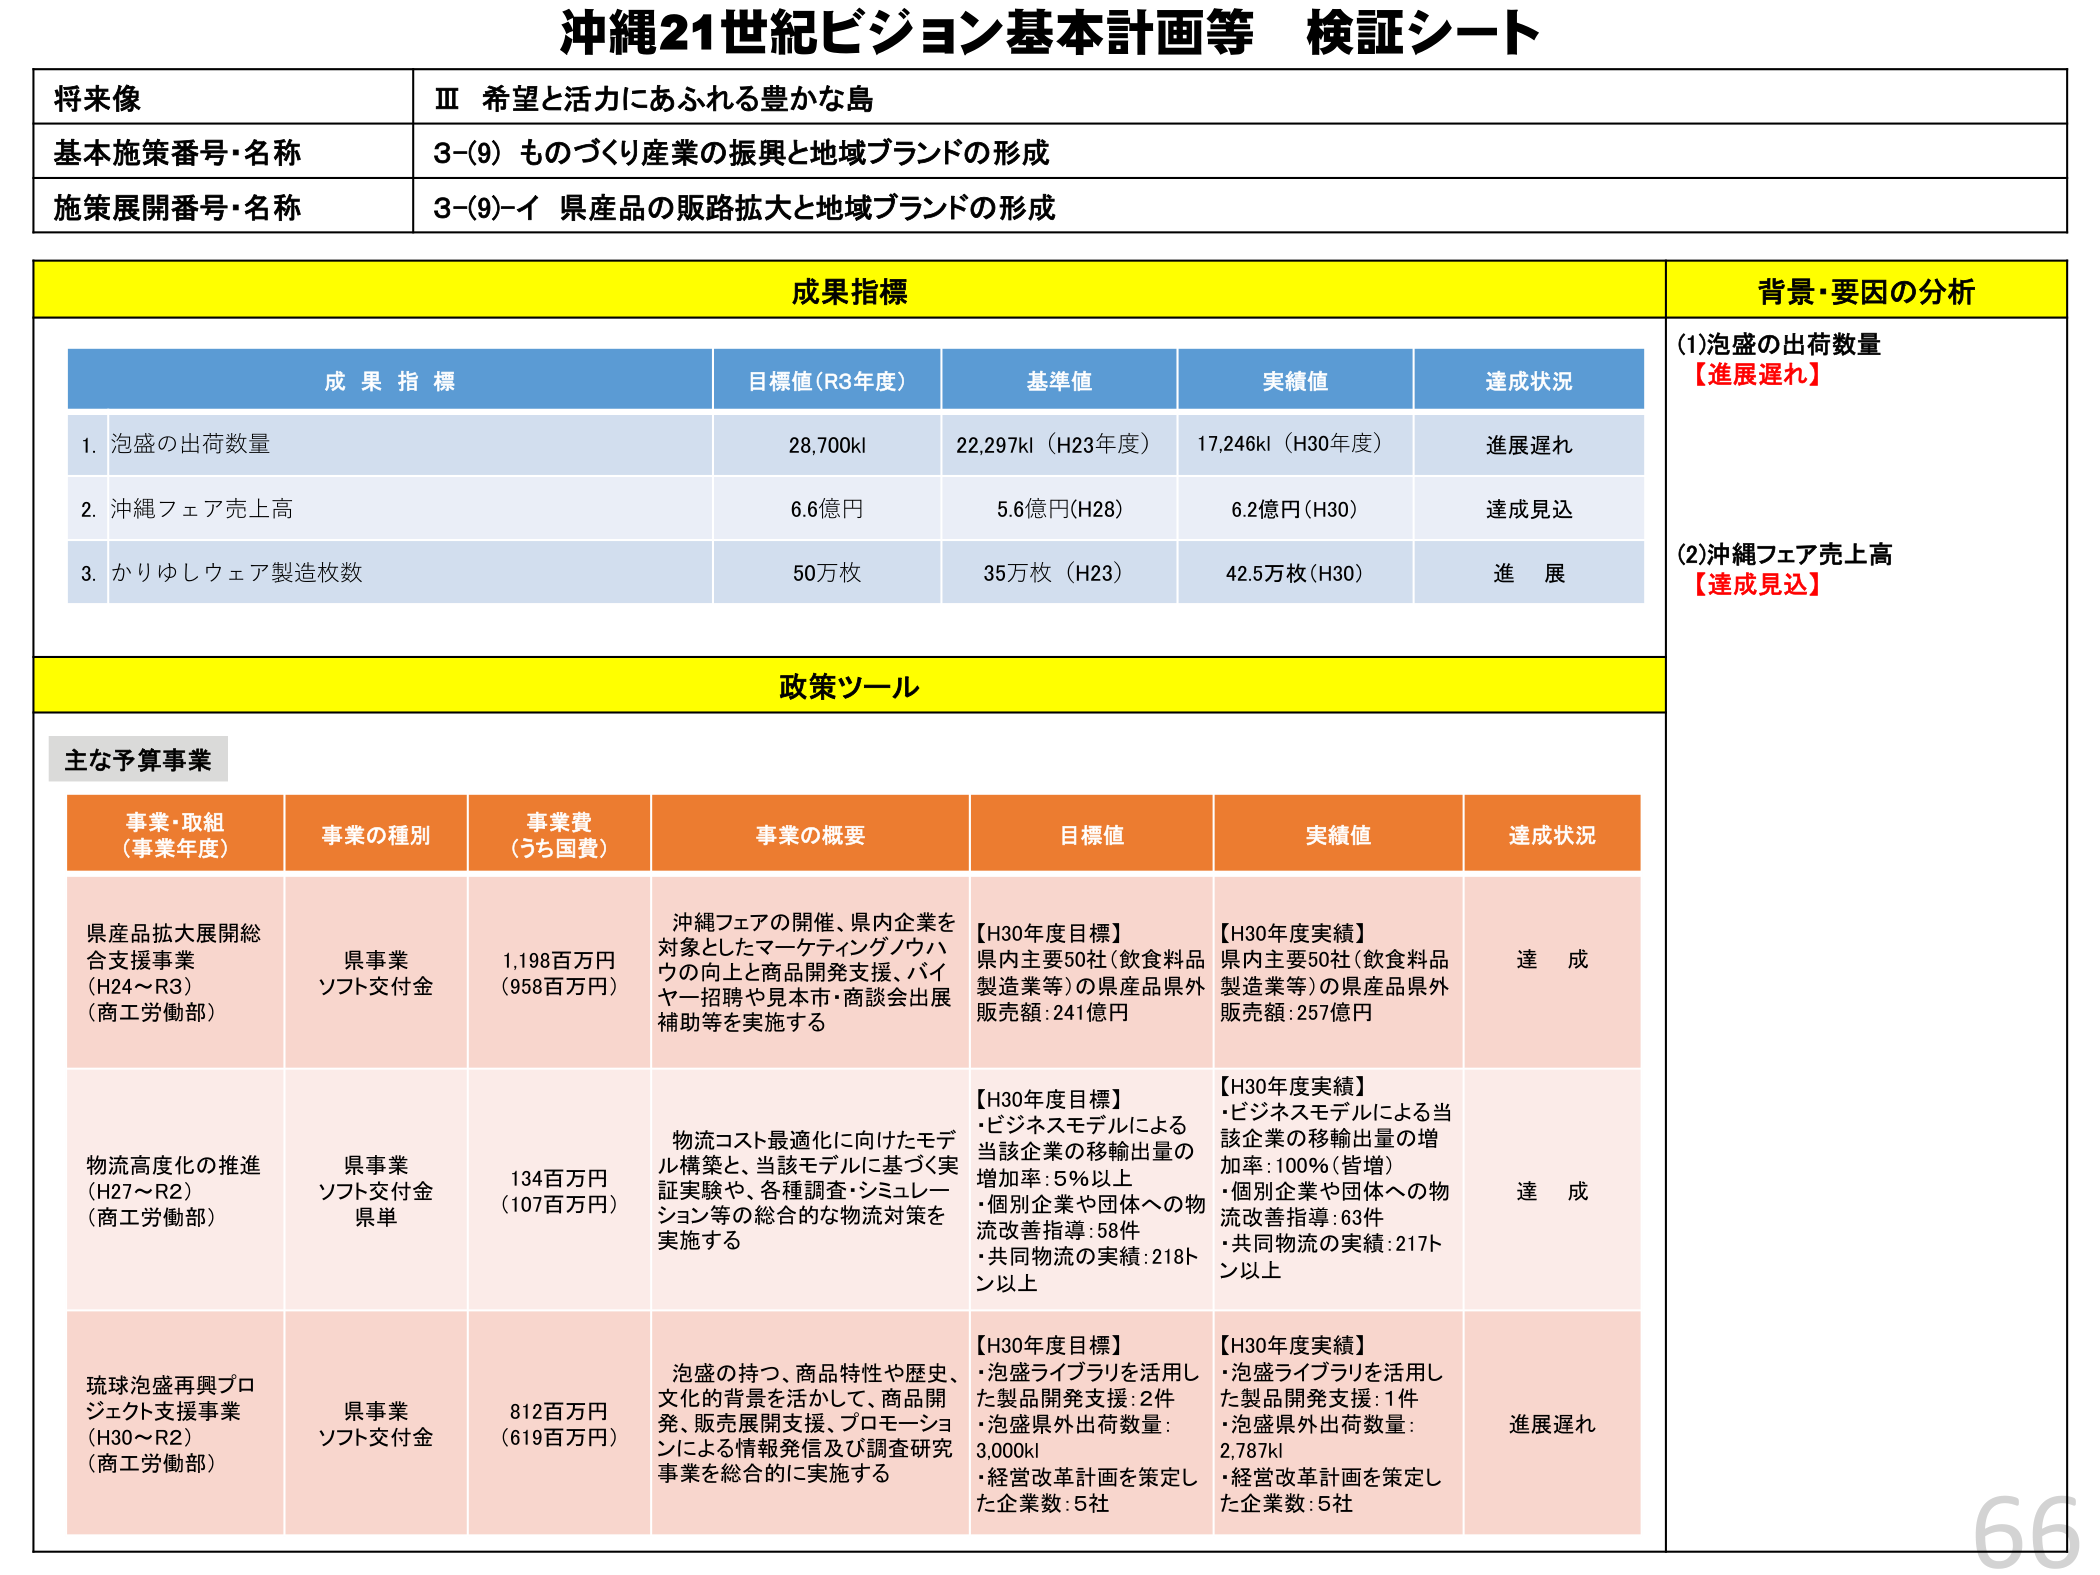
沖縄21世紀ビジョン基本計画等 検証シート

将来像
Ⅲ 希望と活力にあふれる豊かな島

基本施策番号・名称
3-(9) ものづくり産業の振興と地域ブランドの形成

施策展開番号・名称
3-(9)-イ 県産品の販路拡大と地域ブランドの形成

成果指標
背景・要因の分析

成果指標
目標値(R3年度)
基準値
実績値
達成状況

1. 泡盛の出荷数量
28,700kl
22,297kl（H23年度）
17,246kl（H30年度）
進展遅れ

2. 沖縄フェア売上高
6.6億円
5.6億円(H28)
6.2億円(H30)
達成見込

3. かりゆしウェア製造枚数
50万枚
35万枚（H23）
42.5万枚(H30)
進 展

(1)泡盛の出荷数量
【進展遅れ】

(2)沖縄フェア売上高
【達成見込】

政策ツール

主な予算事業

事業・取組
（事業年度）
事業の種別
事業費
（うち国費）
事業の概要
目標値
実績値
達成状況

県産品拡大展開総合支援事業
（H24～R3）
（商工労働部）
県事業
ソフト交付金
1,198百万円
（958百万円）
沖縄フェアの開催、県内企業を対象としたマーケティングノウハウの向上と商品開発支援、バイヤー招聘や見本市・商談会出展補助等を実施する
【H30年度目標】
県内主要50社（飲食料品製造業等）の県産品県外販売額：241億円
【H30年度実績】
県内主要50社（飲食料品製造業等）の県産品県外販売額：257億円
達 成

物流高度化の推進
（H27～R2）
（商工労働部）
県事業
ソフト交付金
県単
134百万円
（107百万円）
物流コスト最適化に向けたモデル構築と、当該モデルに基づく実証実験や、各種調査・シミュレーション等の総合的な物流対策を実施する
【H30年度目標】
・ビジネスモデルによる当該企業の移輸出量の増加率：5％以上
・個別企業や団体への物流改善指導：58件
・共同物流の実績：218トン以上
【H30年度実績】
・ビジネスモデルによる当該企業の移輸出量の増加率：100％（皆増）
・個別企業や団体への物流改善指導：63件
・共同物流の実績：217トン以上
達 成

琉球泡盛再興プロジェクト支援事業
（H30～R2）
（商工労働部）
県事業
ソフト交付金
812百万円
（619百万円）
泡盛の持つ、商品特性や歴史、文化的背景を活かして、商品開発、販売展開支援、プロモーションによる情報発信及び調査研究事業を総合的に実施する
【H30年度目標】
・泡盛ライブラリを活用した製品開発支援：2件
・泡盛県外出荷数量：3,000kl
・経営改革計画を策定した企業数：5社
【H30年度実績】
・泡盛ライブラリを活用した製品開発支援：1件
・泡盛県外出荷数量：2,787kl
・経営改革計画を策定した企業数：5社
進展遅れ

66